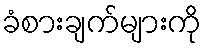
ခံစားချက်များကို